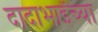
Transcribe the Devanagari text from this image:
दादाभाईंच्या